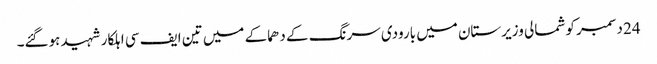
24 دسمبر کو شمالی وزیرستان میں بارودی سرنگ کے دھماکے میں تین ایف سی اہلکار شہید ہوگئے۔